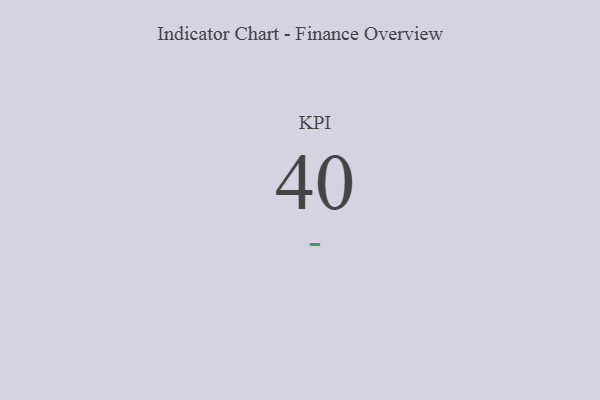
{"axis": {"x": "KPI", "y": "Value"}, "legend": [""], "data": [{"x": "KPI", "y": 40, "type": ""}]}